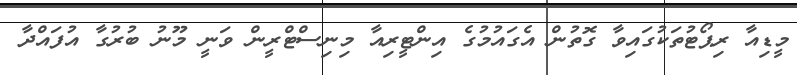
މީޑިއާ ރިޕޯޓުތަކުގައިވާ ގޮތުން އެގައުމުގެ އިންޓީރިއާ މިނިސްޓްރީން ވަނީ މޫނު ބުރުގާ އުފައްދާ